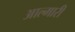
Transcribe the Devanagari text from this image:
आल्मारी